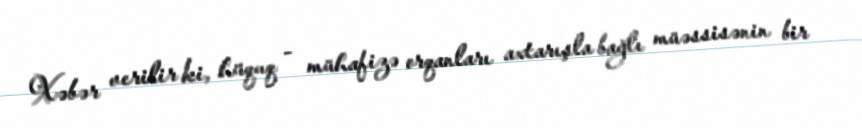
Xəbər verilir ki, hüquq - mühafizə orqanları axtarışla bağlı müəssisənin bir